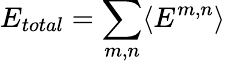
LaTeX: E_{total}=\sum_{m,n}\langle E^{m,n}\rangle